Senior Leaving Certificate Examination (including Day School Certificate (Higher) General paper), 1947
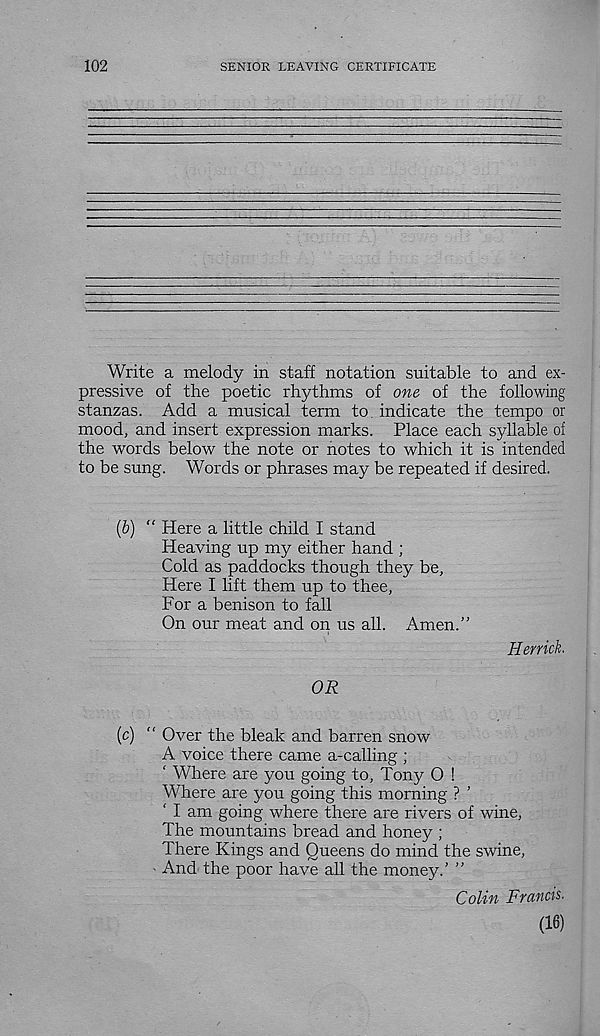
102
SENIOR LEAVING CERTIFICATE
Write a melody in staff notation suitable to and ex-
pressive of the poetic rhythms of one of the following
stanzas. Add a musical term to. indicate the tempo or
mood, and insert expression marks. Place each syllable of
the words below the note or notes to which it is intended
to be sung. Words or phrases may be repeated if desired.
(6) “ Here a little child I stand
Heaving up my either hand ;
Cold as paddocks though they be,
Here I lift them up to thee,
For a benison to fall
On our meat and on us all. Amen.”
Herrick.
OR
(c) “ Over the bleak and barren snow
A voice there came a-calling ;
‘ Where are you going to, Tony O !
Where are you going this morning ? ’
‘ I am going where there are rivers of wine,
The mountains bread and honey ;
There Kings and Queens do mind the swine,
- And the poor have all the money.' ”
Colin Francis.
(16)